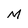
Character: M